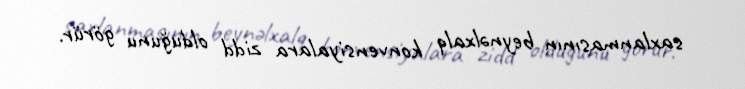
saxlanmasının beynəlxalq konvensiyalara zidd olduğunu görür.